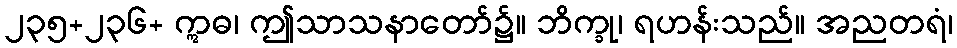
၂၃၅+၂၃၆+ ဣဓ၊ ဤသာသနာတော်၌။ ဘိက္ခု၊ ရဟန်းသည်။ အညတရံ၊